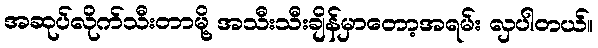
အဆုပ်လိုက်သီးတာမို့ အသီးသီးချိန်မှာတော့အရမ်း လှပါတယ်။